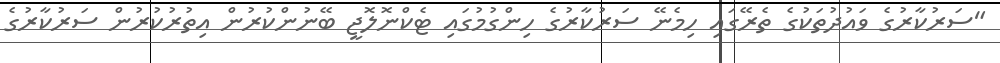
"ސަރުކާރުގެ ވައުދުތަކުގެ ތެރޭގައި ހިމެނޭ ސަރުކާރުގެ ހިންގުމުގައި ޓެކްނޮލޮޖީ ބޭނުންކުރުން އިތުރުކުރުން ސަރުކާރުގެ